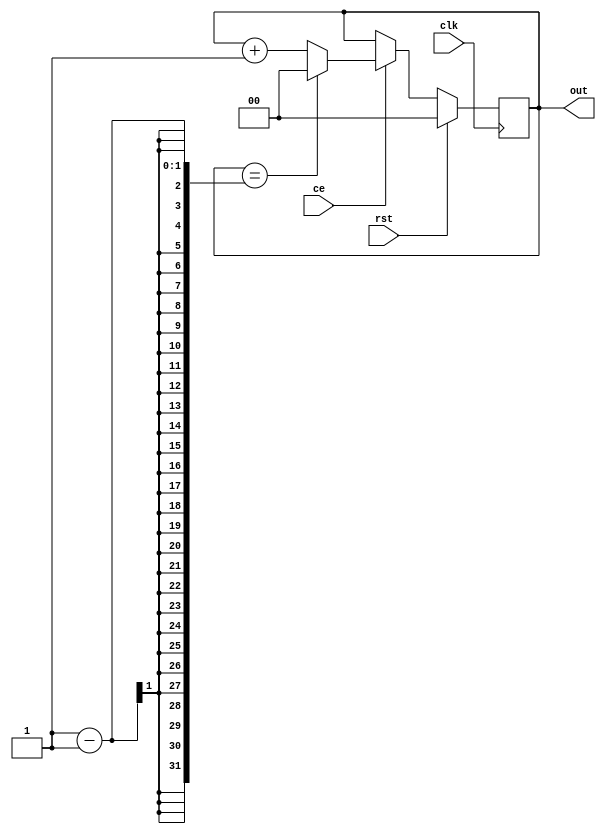
module counter # (
    parameter MODULO = 4,
    parameter WIDTH = $clog2(MODULO)
	  ) (
    input clk,
    input ce,
    input rst,
    output [WIDTH-1:0] out
    );

    reg [WIDTH-1:0] val = 0;

    always @(posedge clk) begin
        if (rst)
            val <= 0;
        else
            if (ce)
                if(val == N-1)
                    val <= 0;
                else
                    val <= val + 1;
            else
                val <= val;
    end

    assign out = val;

endmodule